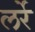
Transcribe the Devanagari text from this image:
लर्रे